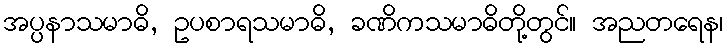
အပ္ပနာသမာဓိ, ဥပစာရသမာဓိ, ခဏိကသမာဓိတို့တွင်။ အညတရေန၊